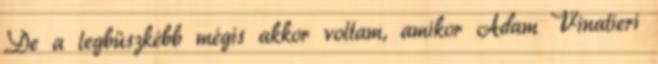
De a legbüszkébb mégis akkor voltam, amikor Adam Vinatieri